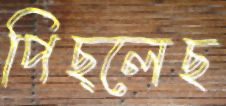
পিছ্‌লেছ